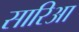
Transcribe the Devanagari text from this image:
सारिआ